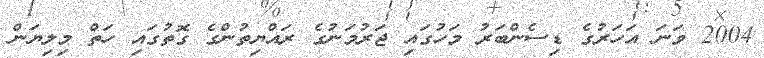
2004 ވަނަ އަހަރުގެ ޑިސެންބަރު މަހުގައި ޖަރުމަނުގެ ރައްޔިތުންގެ ގޮތުގައި ހަތް މިލިޔަން